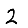
Digit: 2